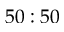
5 0 : 5 0